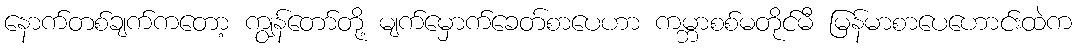
နောက်တစ်ချက်ကတော့ ကျွန်တော်တို့ မျက်မှောက်ခေတ်စာပေဟာ ကမ္ဘာစစ်မတိုင်မီ မြန်မာစာပေဟောင်းထဲက